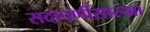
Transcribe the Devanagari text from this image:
सदापर्णीसारखा